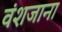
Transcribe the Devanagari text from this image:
वंशजाना